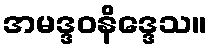
အမဒ္ဒဝနိဒ္ဒေသ။